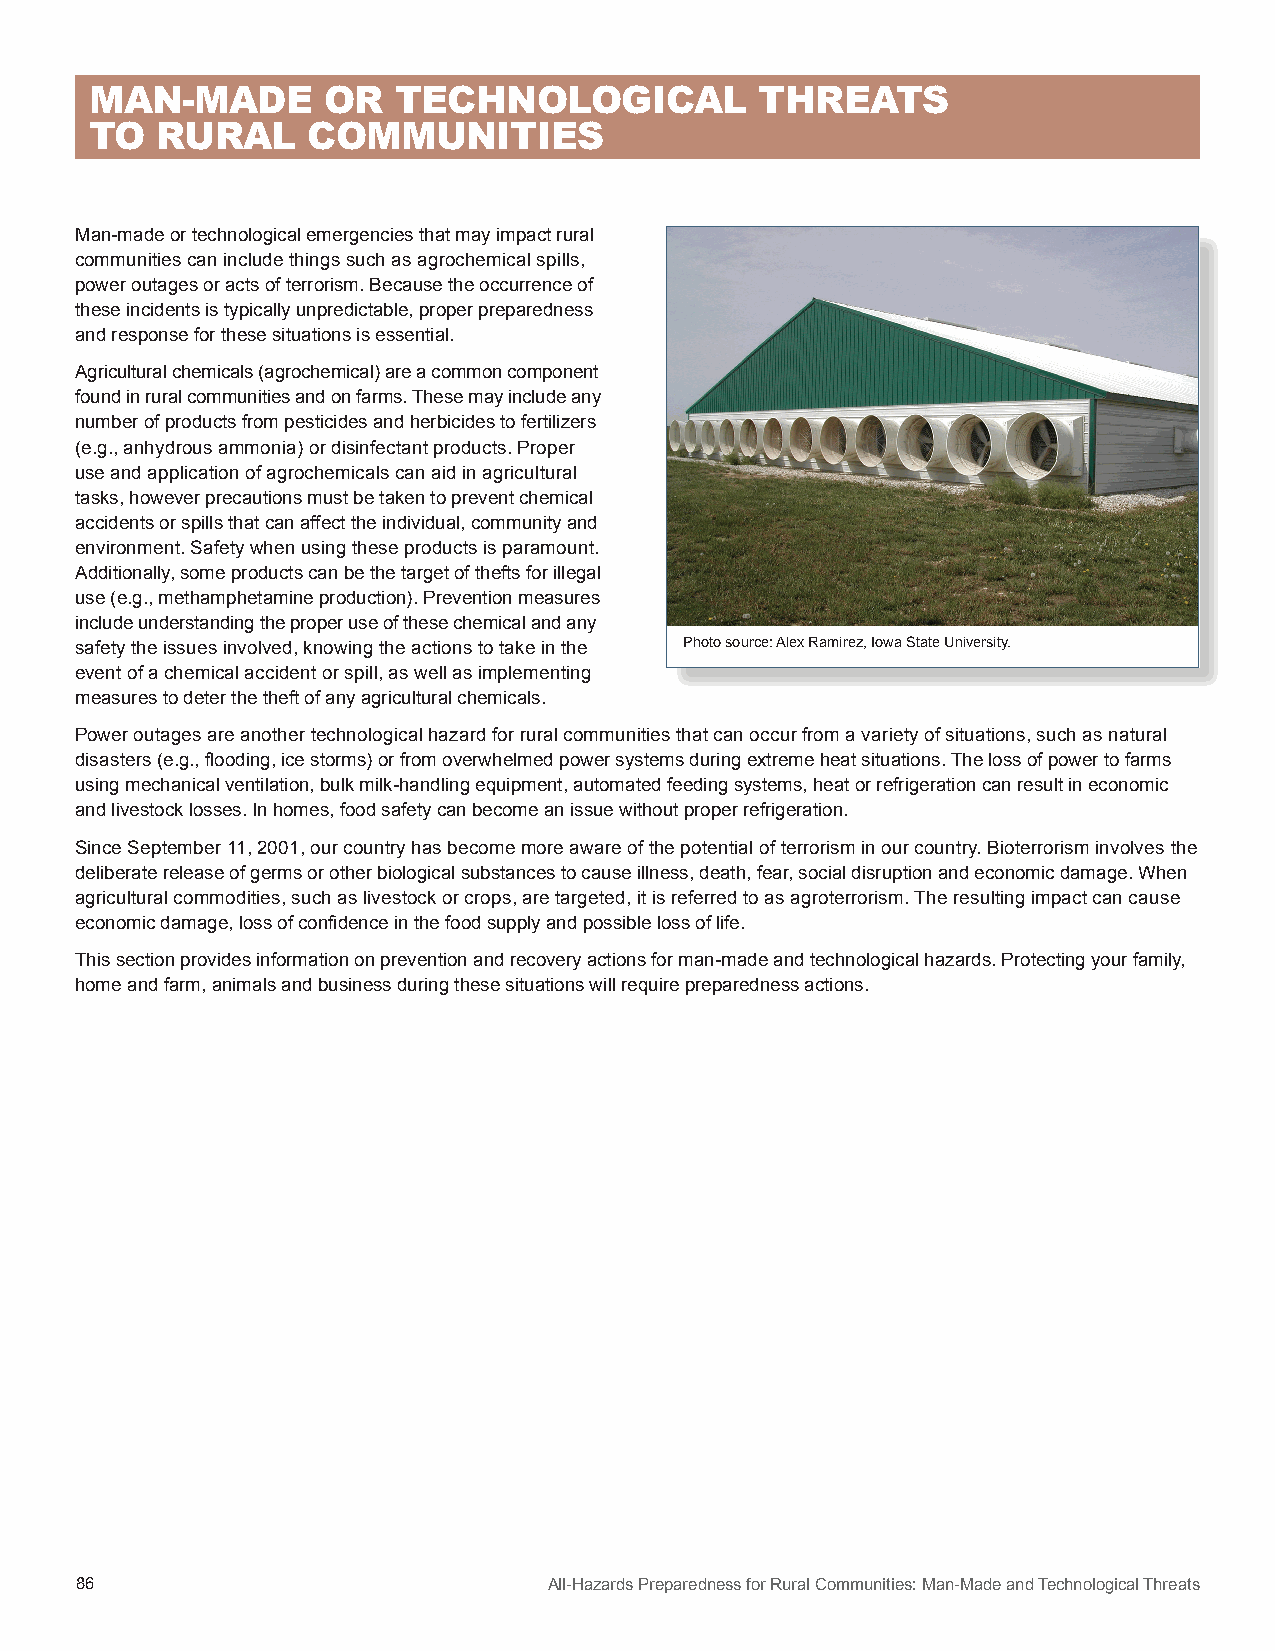
MAN-MADE       OR   TECHNOLOGICAL           THREATS
 TO  RURAL     COMMUNITIES
 Man-made or technological emergencies that may impact rural
 communities can include things such as agrochemical spills,
 power outages or acts of terrorism. Because the occurrence of
 these incidents is typically unpredictable, proper preparedness
 and response for these situations is essential.
 Agricultural chemicals (agrochemical) are a common component
 found in rural communities and on farms. These may include any
 number of products from pesticides and herbicides to fertilizers
 (e.g., anhydrous ammonia) or disinfectant products. Proper
 use and application of agrochemicals can aid in agricultural
 tasks, however precautions must be taken to prevent chemical
 accidents or spills that can affect the individual, community and
 environment. Safety when using these products is paramount.
 Additionally, some products can be the target of thefts for illegal
 use (e.g., methamphetamine production). Prevention measures
 include understanding the proper use of these chemical and any
 safety the issues involved, knowing the actions to take in the Photo source: Alex Ramirez, Iowa State University.
 event of a chemical accident or spill, as well as implementing
 measures to deter the theft of any agricultural chemicals.
 Power outages are another technological hazard for rural communities that can occur from a variety of situations, such as natural
 disasters (e.g., flooding, ice storms) or from overwhelmed power systems during extreme heat situations. The loss of power to farms
 using mechanical ventilation, bulk milk-handling equipment, automated feeding systems, heat or refrigeration can result in economic
 and livestock losses. In homes, food safety can become an issue without proper refrigeration.
 Since September 11, 2001, our country has become more aware of the potential of terrorism in our country. Bioterrorism involves the
 deliberate release of germs or other biological substances to cause illness, death, fear, social disruption and economic damage. When
 agricultural commodities, such as livestock or crops, are targeted, it is referred to as agroterrorism. The resulting impact can cause
 economic damage, loss of confidence in the food supply and possible loss of life.
 This section provides information on prevention and recovery actions for man-made and technological hazards. Protecting your family,
 home and farm, animals and business during these situations will require preparedness actions.
 86                             All-Hazards Preparedness for Rural Communities: Man-Made and Technological Threats